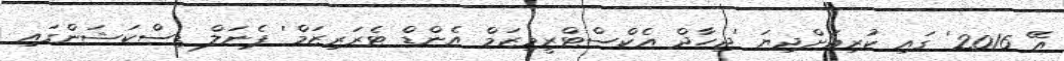
އޭ 2016' ގައި ކުރިއަށްދިޔަ 'ޖިހާދް އެކްސްޓްރީމިޒަމް އެންޑް ޓެރަރިޒަމް' ޕެނަލް ޑިސްކަޝަންގައި